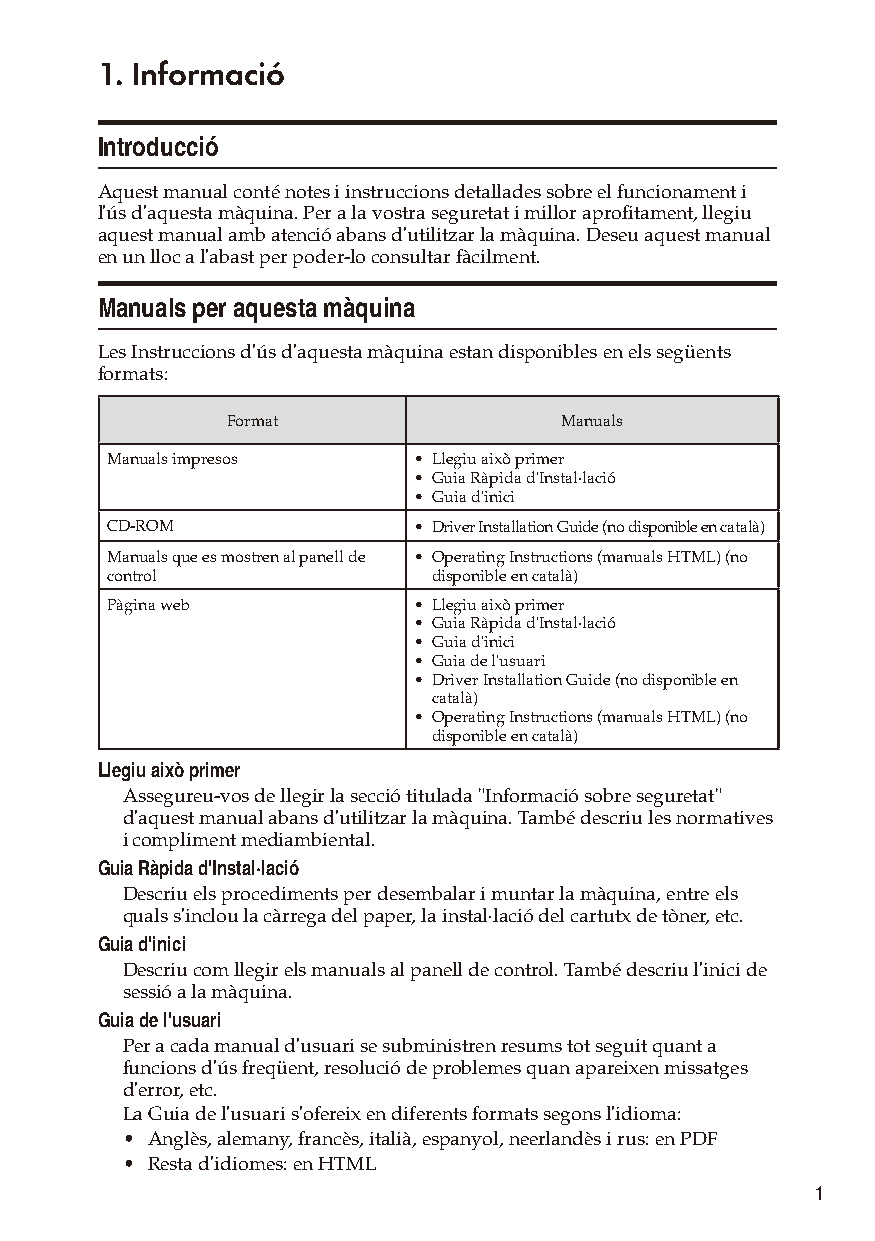
1. Informació
 Introducció
 Aquest manual conté notes i instruccions detallades sobre el funcionament i
 l'ús d'aquesta màquina. Per a la vostra seguretat i millor aprofitament, llegiu
 aquest manual amb atenció abans d'utilitzar la màquina. Deseu aquest manual
 en un lloc a l'abast per poder-lo consultar fàcilment.
 Manuals per aquesta màquina
 Les Instruccions d'ús d'aquesta màquina estan disponibles en els següents
 formats:
 Format                Manuals
 Manuals impresos    • Llegiu això primer
 • Guia Ràpida d'Instal·lació
 • Guia d'inici
 CD-ROM              • Driver Installation Guide (no disponible en català)
 Manuals que es mostren al panell de • Operating Instructions (manuals HTML) (no
 control               disponible en català)
 Pàgina web          • Llegiu això primer
 • Guia Ràpida d'Instal·lació
 • Guia d'inici
 • Guia de l'usuari
 • Driver Installation Guide (no disponible en
 català)
 • Operating Instructions (manuals HTML) (no
 disponible en català)
 Llegiu això primer
 Assegureu-vos de llegir la secció titulada "Informació sobre seguretat"
 d'aquest manual abans d'utilitzar la màquina. També descriu les normatives
 i compliment mediambiental.
 Guia Ràpida d'Instal·lació
 Descriu els procediments per desembalar i muntar la màquina, entre els
 quals s'inclou la càrrega del paper, la instal·lació del cartutx de tòner, etc.
 Guia d'inici
 Descriu com llegir els manuals al panell de control. També descriu l'inici de
 sessió a la màquina.
 Guia de l'usuari
 Per a cada manual d'usuari se subministren resums tot seguit quant a
 funcions d'ús freqüent, resolució de problemes quan apareixen missatges
 d'error, etc.
 La Guia de l'usuari s'ofereix en diferents formats segons l'idioma:
 • Anglès, alemany, francès, italià, espanyol, neerlandès i rus: en PDF
 • Resta d'idiomes: en HTML
 1